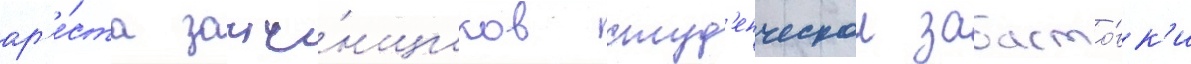
ар'е́ста зачи́нщиков студ'енческои забасто́вк'и